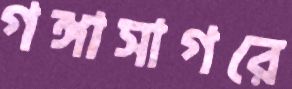
গঙ্গাসাগরে